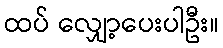
ထပ် လျှော့ပေးပါဦး။